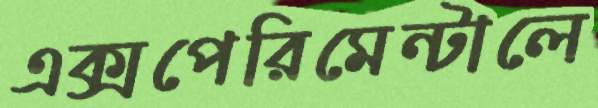
এক্সপেরিমেন্টালে